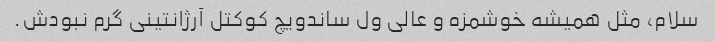
سلام، مثل همیشه خوشمزه و عالی ول ساندویچ کوکتل آرژانتینی گرم نبودش.